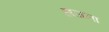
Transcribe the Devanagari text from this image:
हाजला